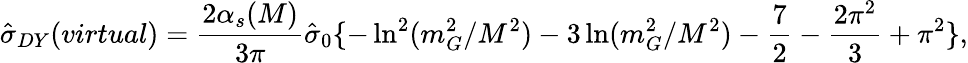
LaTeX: \hat{\sigma}_{DY}(virtual)={\frac{2\alpha_{s}(M)}{3\pi}}\hat{\sigma}_{0}\{ -\ln^{2}(m_{G}^{2}/M^{2})-3\ln(m_{G}^{2}/M^{2})-{\frac{7}{2}}-{\frac{2\pi^{2}}{3}}+\pi^{2}\} ,